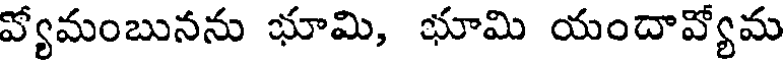
వ్యోమంబునను భూమి, భూమి యందావ్యోమ